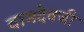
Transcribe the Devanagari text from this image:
वामदेवजी